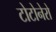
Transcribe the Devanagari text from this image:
टोटोनेरो